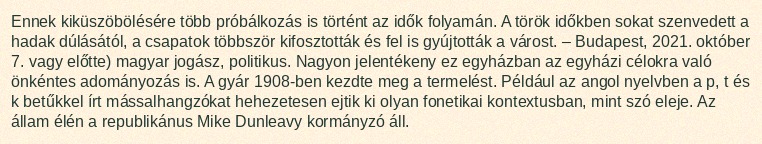
Ennek kiküszöbölésére több próbálkozás is történt az idők folyamán. A török időkben sokat szenvedett a hadak dúlásától, a csapatok többször kifosztották és fel is gyújtották a várost. – Budapest, 2021. október 7. vagy előtte) magyar jogász, politikus. Nagyon jelentékeny ez egyházban az egyházi célokra való önkéntes adományozás is. A gyár 1908-ben kezdte meg a termelést. Például az angol nyelvben a p, t és k betűkkel írt mássalhangzókat hehezetesen ejtik ki olyan fonetikai kontextusban, mint szó eleje. Az állam élén a republikánus Mike Dunleavy kormányzó áll.